Sanitation, dispensaries and jails vaccination Rajputana 1922-1927 - 1922-1927
Year: 1922
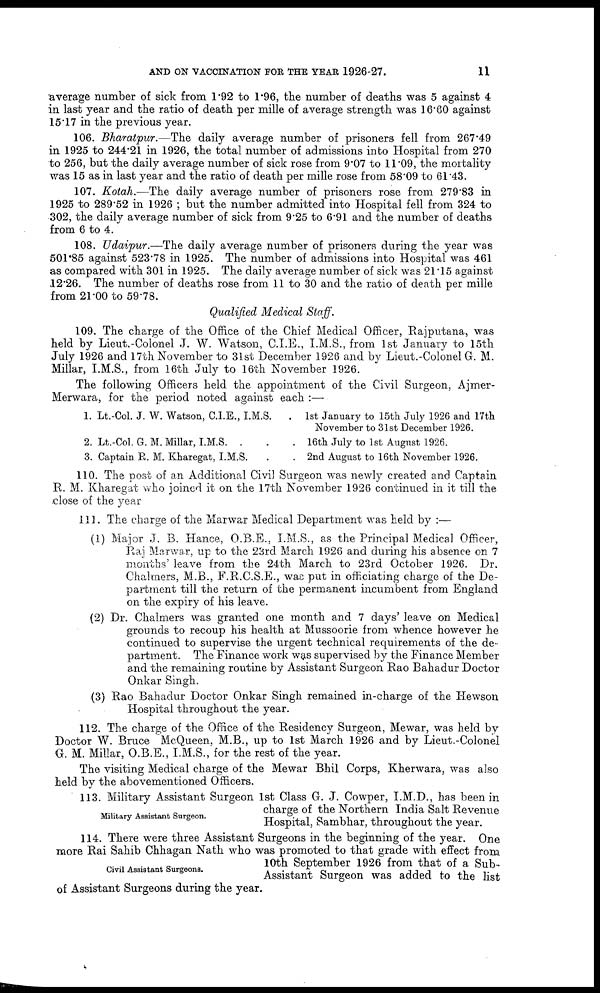
AND ON VACCINATION FOR THE YEAR 1926-27.
11
average number of sick from 1.92 to 1.96, the number of deaths was 5 against 4
in last year and the ratio of death per mille of average strength was 16.60 against
15.17 in the previous year.
106. Bharatpur.—The daily average number of prisoners fell from 267.49
in 1925 to 244.21 in 1926, the total number of admissions into Hospital from 270
to 256, but the daily average number of sick rose from 9.07 to 11.09, the mortality
was 15 as in last year and the ratio of death per mille rose from 58.09 to 61.43.
107. Kotah.—The daily average number of prisoners rose from 279.83 in
1925 to 289.52 in 1926 ; but the number admitted into Hospital fell from 324 to
302, the daily average number of sick from 9.25 to 6.91 and the number of deaths
from 6 to 4.
108. Udaipur.—The daily average number of prisoners during the year was
501.85 against 523.78 in 1925. The number of admissions into Hospital was 461
as compared with 301 in 1925. The daily average number of sick was 21.15 against
12.26. The number of deaths rose from 11 to 30 and the ratio of death per mille
from 21.00 to 59.78.
Qualified Medical Staff.
109. The charge of the Office of the Chief Medical Officer, Rajputana, was
held by Lieut.-Colonel J. W. Watson, C.I.E., I.M.S., from 1st January to 15th
July 1926 and 17th November to 31st December 1926 and by Lieut.-Colonel G. M.
Millar, I.M.S., from 16th July to 16th November 1926.
The following Officers held the appointment of the Civil Surgeon, Ajmer-
Merwara, for the period noted against each :—
1.
2.
3.
Lt.-Col. J. W. Watson, C.I.E., I.M.S.
.
Lt.-Col. G. M. Millar, I.M.S. .
Captain R. M. Kharegat, I.M.S. . .
1st January to 15th July 1926 and 17th
November to 31st December 1926.
16th July to 1st August 1926.
2nd August to 16th November 1926.
110. The post of an Additional Civil Surgeon was newly created and Captain
R. M. Kharegat who joined it on the 17th November 1926 continued in it till the
close of the year
111. The charge of the Marwar Medical Department was held by :—
(1) Major J. B. Hance, O.B.E., I.M.S., as the Principal Medical Officer,
Raj Marwar, up to the 23rd March 1926 and during his absence on 7
months' leave from the 24th March to 23rd October 1926. Dr.
Chalmers, M.B., F.R.C.S.E., was put in officiating charge of the De-
partment till the return of the permanent incumbent from England
on the expiry of his leave.
(2) Dr. Chalmers was granted one month and 7 days' leave on Medical
grounds to recoup his health at Mussoorie from whence however he
continued to supervise the urgent technical requirements of the de-
partment. The Finance work was supervised by the Finance Member
and the remaining routine by Assistant Surgeon Rao Bahadur Doctor
Onkar Singh.
(3) Rao Bahadur Doctor Onkar Singh remained in-charge of the Hewson
Hospital throughout the year.
112. The charge of the Office of the Residency Surgeon, Mewar, was held by
Doctor W. Bruce McQueen, M.B., up to 1st March 1926 and by Lieut.-Colonel
G. M. Millar, O.B.E., I.M.S., for the rest of the year.
The visiting Medical charge of the Mewar Bhil Corps, Kherwara, was also
held by the abovementioned Officers.
Military Assistant Surgeon.
113. Military Assistant Surgeon 1st Class G. J. Cowper, I.M.D., has been in
charge of the Northern India Salt Revenue
Hospital, Sambhar, throughout the year.
Civil Assistant Surgeons.
114. There were three Assistant Surgeons in the beginning of the year. One
more Rai Sahib Chhagan Nath who was promoted to that grade with effect from
10th September 1926 from that of a Sub-
Assistant Surgeon was added to the list
of Assistant Surgeons during the year.